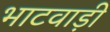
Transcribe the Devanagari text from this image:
भाटवाड़ी